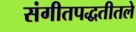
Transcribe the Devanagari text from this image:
संगीतपद्धतीतले